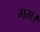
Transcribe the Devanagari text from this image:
गम।